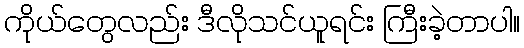
ကိုယ်တွေလည်း ဒီလိုသင်ယူရင်း ကြီးခဲ့တာပါ။